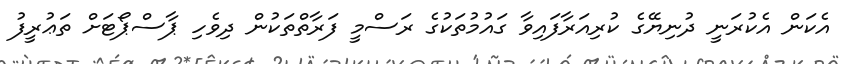
އެކަން އެކުރަނީ ދުނިޔޭގެ ކުރިއަރާފައިވާ ގައުމުތަކުގެ ރަސްމީ ފަރާތްތަކުން ދިވެހި ޕާސްޕޯޓަށް ތަޢުރީފު